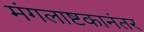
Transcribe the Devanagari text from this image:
मंगलाष्टकानंतर